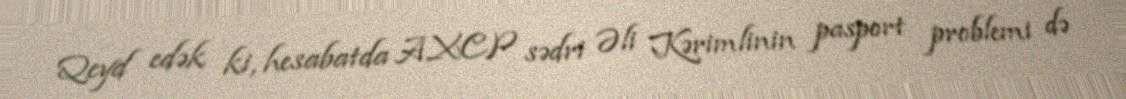
Qeyd edək ki, hesabatda AXCP sədri Əli Kərimlinin pasport problemi də